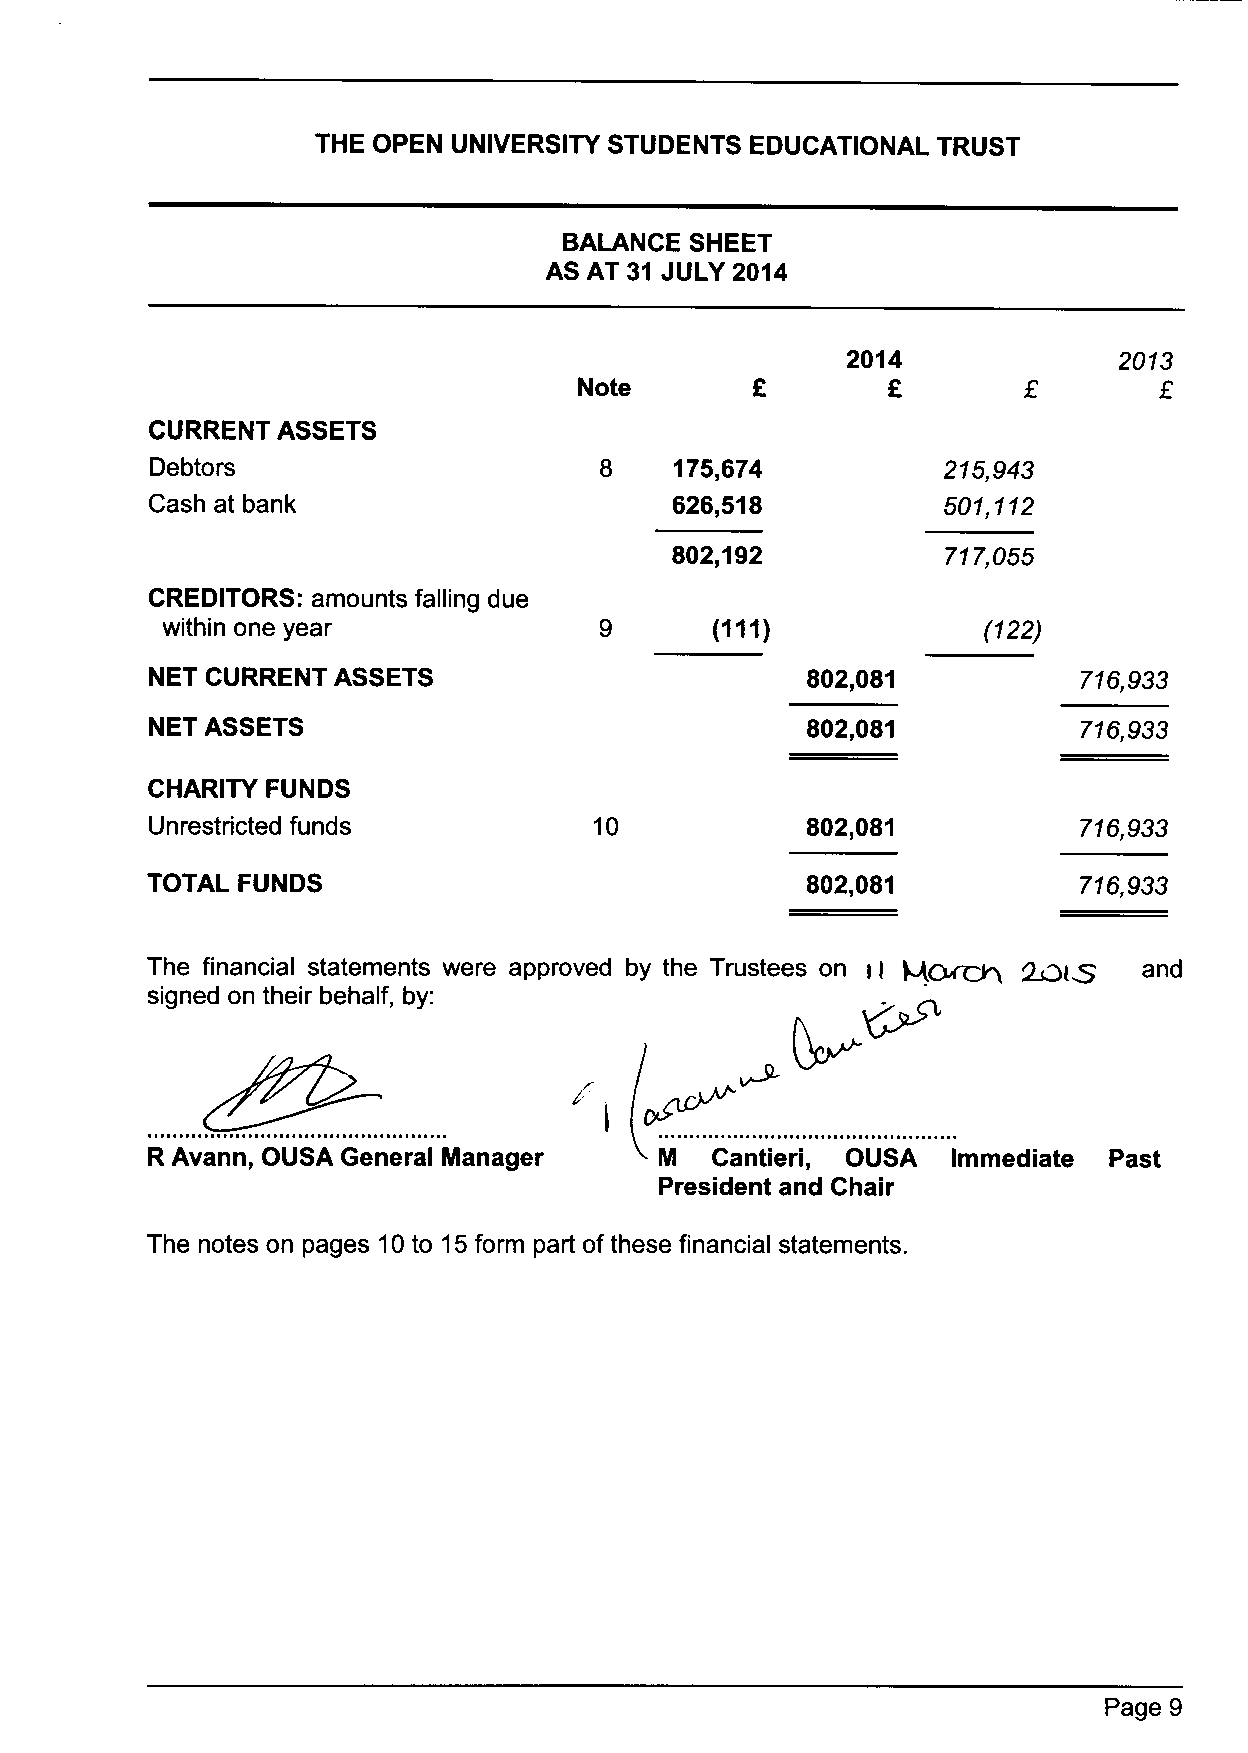
THE OPEN UNIVERSITY STUDENTS EDUCATIONAL TRUST
 BALANCE  SHEET
 AS AT 31 JULY 2014
 2014              2013
 Note
 CURRENT ASSETS
 Debtors                       8    175,674          215,943
 Cash at bank                       626,518           501,112
 802,192           717,055
 CREDITORS: amounts falling due
 within one year                     (111)             (122)
 NET CURRENT ASSETS                         802,081            716,933
 NET ASSETS                                 802,081            716,933
 CHARITYFUNDS
 Unrestricted funds           10            802,081            716,933
 TOTAL FUNDS                                802,081            716,933
 +~~
 The financial statements were approved by the Trustees on il ~&~  and
 signed on their behalf, by:
 R Avann, OUSA General Manager     M  Cantieri, OUSA  Immediate Past
 President and Chair
 The notes on pages 10to 15form part of these financial statements.
 Page 9